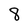
Character: 8